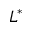
L ^ { * }